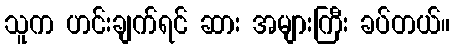
သူက ဟင်းချက်ရင် ဆား အများကြီး ခပ်တယ်။